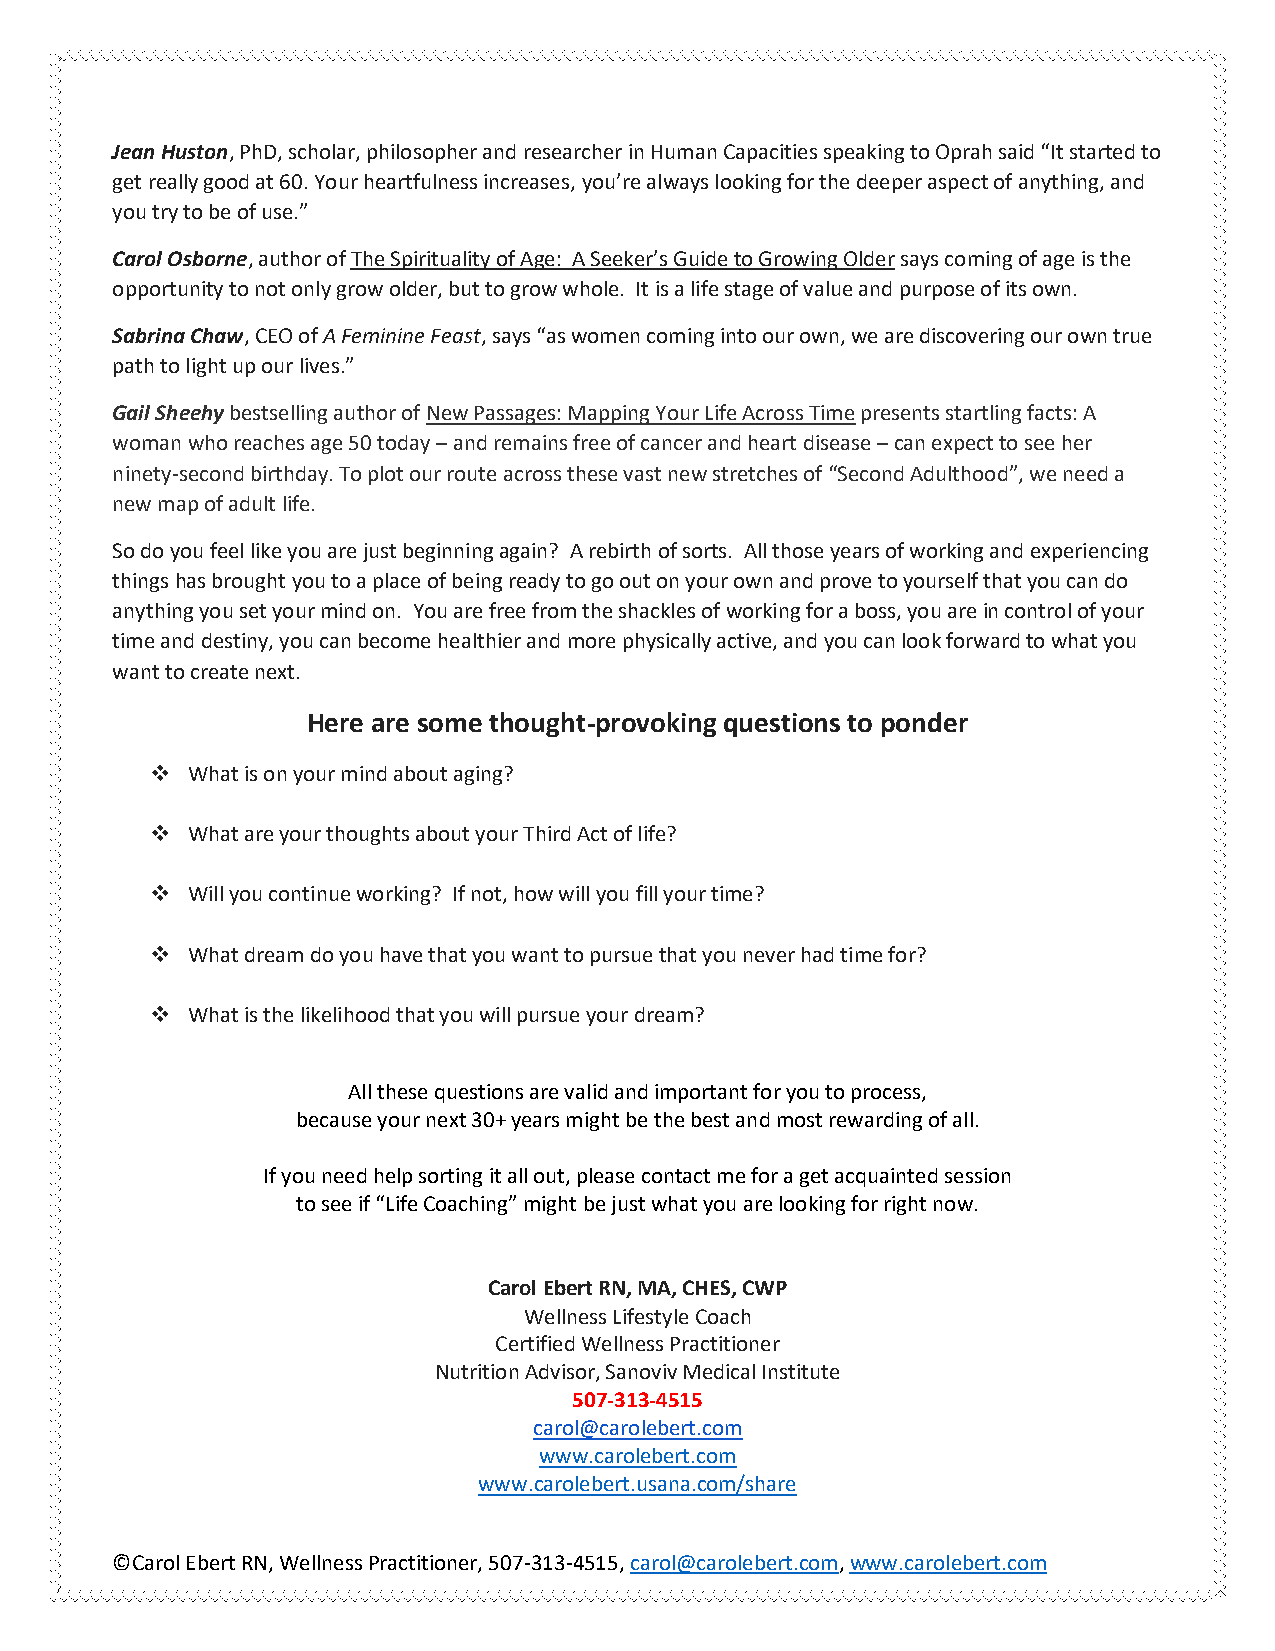
Jean Huston, PhD, scholar, philosopher and researcher in Human Capacities speaking to Oprah said “It started to
 get really good at 60. Your heartfulness increases, you’re always looking for the deeper aspect of anything, and
 you try to be of use.”
 Carol Osborne, author of The Spirituality of Age: A Seeker’s Guide to Growing Older says coming of age is the
 opportunity to not only grow older, but to grow whole. It is a life stage of value and purpose of its own.
 Sabrina Chaw, CEO of A Feminine Feast, says “as women coming into our own, we are discovering our own true
 path to light up our lives.”
 Gail Sheehy bestselling author of New Passages: Mapping Your Life Across Time presents startling facts: A
 woman who reaches age 50 today – and remains free of cancer and heart disease – can expect to see her
 ninety-second birthday. To plot our route across these vast new stretches of “Second Adulthood”, we need a
 new map of adult life.
 So do you feel like you are just beginning again? A rebirth of sorts. All those years of working and experiencing
 things has brought you to a place of being ready to go out on your own and prove to yourself that you can do
 anything you set your mind on. You are free from the shackles of working for a boss, you are in control of your
 time and destiny, you can become healthier and more physically active, and you can look forward to what you
 want to create next.
 Here are some thought-provoking questions to ponder
 ❖ What is on your mind about aging?
 ❖ What are your thoughts about your Third Act of life?
 ❖ Will you continue working? If not, how will you fill your time?
 ❖ What dream do you have that you want to pursue that you never had time for?
 ❖ What is the likelihood that you will pursue your dream?
 All these questions are valid and important for you to process,
 because your next 30+ years might be the best and most rewarding of all.
 If you need help sorting it all out, please contact me for a get acquainted session
 to see if “Life Coaching” might be just what you are looking for right now.
 Carol Ebert RN, MA, CHES, CWP
 Wellness Lifestyle Coach
 Certified Wellness Practitioner
 Nutrition Advisor, Sanoviv Medical Institute
 507-313-4515
 carol@carolebert.com
 www.carolebert.com
 www.carolebert.usana.com/share
 ©Carol Ebert RN, Wellness Practitioner, 507-313-4515, carol@carolebert.com, www.carolebert.com